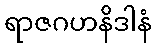
ရာဇဂဟနိဒါနံ